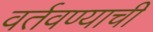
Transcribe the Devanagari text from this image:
वर्तवण्याची